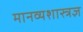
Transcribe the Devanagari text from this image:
मानव्यशास्त्रज्ञ